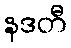
နဒတီ